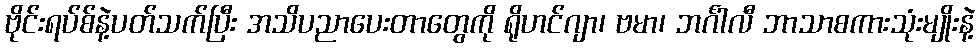
ဗိုင်းရပ်စ်နဲ့ပတ်သက်ပြီး အသိပညာပေးတာတွေကို ရိုဟင်ဂျာ၊ ဗမာ၊ ဘင်္ဂါလီ ဘာသာစကားသုံးမျိုးနဲ့